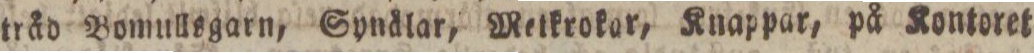
tråd Bomullsgarn, Synälar, Metkrokar, Knappar, på Kontoret